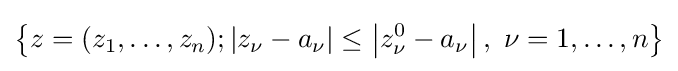
\left\{z=(z_{1},\dots ,z_{n});\left|z_{\nu }-a_{\nu }\right|\leq \left|z_{\nu }^{0}-a_{\nu }\right|,\ \nu =1,\dots ,n\right\}